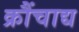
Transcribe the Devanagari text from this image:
क्रौंचाद्य